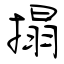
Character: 搨